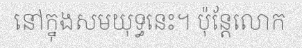
នៅក្នុងសមយុទ្ធនេះ។ ប៉ុន្តែលោក